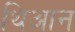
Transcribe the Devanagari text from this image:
थिआन